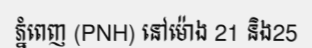
ភ្នំពេញ (PNH) នៅម៉ោង 21 និង25